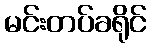
မင်းတပ်ခရိုင်